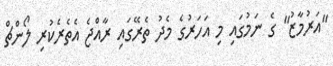
"އަރުމާޒު" ގެ ނަމުގައި މި އަހަރުގެ މެދު ތެރޭގައި ރާއްޖެ އެތެރެކުރި ލޯންޗް